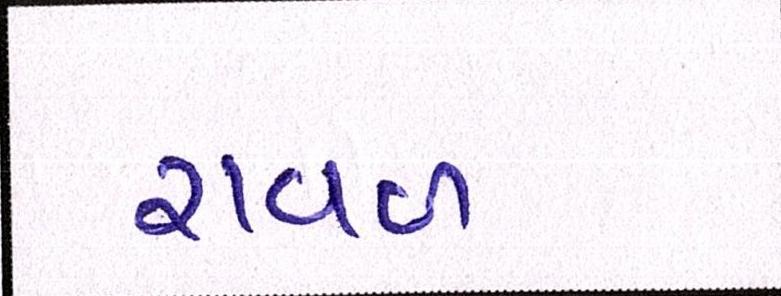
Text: રાવળ